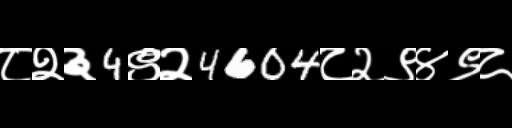
Text: ८२३4९२4604८२९४९८